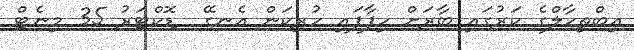
އިބްތިހާލްގެ ކަރުގައި ބާރަށް ހިފާފައި ހުރިކަން އެނގޭ  ޑޮކްޓަރު 35 މިނެޓް